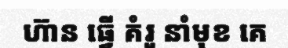
ហ៊ាន ធ្វើ គំរូ នាំមុខ គេ